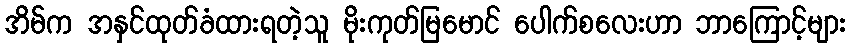
အိမ်က အနှင်ထုတ်ခံထားရတဲ့သူ မိုးကုတ်မြမောင် ပေါက်စလေးဟာ ဘာကြောင့်များ